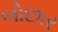
બોછાર